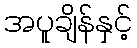
အပူချိန်နှင့်